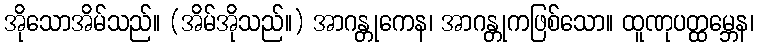
အိုသောအိမ်သည်။ (အိမ်အိုသည်။) အာဂန္တုကေန၊ အာဂန္တုကဖြစ်သော။ ထူဏုပတ္ထမ္ဘေန၊